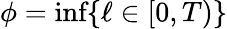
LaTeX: \phi={\textrm{inf}}\{ \ell\in[0,T)\}